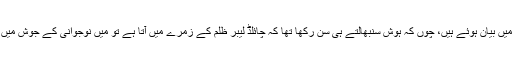
’چائلڈ لیبر‘ کے بارے میں میرے نظریات ایسے ہی تھے، جیسے کتابوں میں بیان ہوئے ہیں، چوں کہ ہوش سنبھالتے ہی سن رکھا تھا کہ چائلڈ لیبر ظلم کے زمرے میں آتا ہے تو میں نوجوانی کے جوش میں فیکٹری مالکان سے بحث کرنے لگتا کہ ان بچوں کو کیوں بھرتی کیا ہے۔